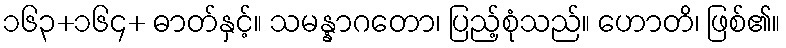
၁၆၃+၁၆၄+ ဓာတ်နှင့်။ သမန္နာဂတော၊ ပြည့်စုံသည်။ ဟောတိ၊ ဖြစ်၏။